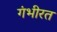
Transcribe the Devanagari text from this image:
गंभीरत